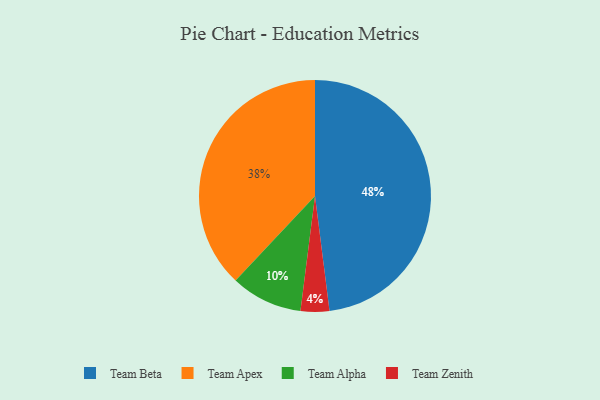
{"axis": {"x": "Category", "y": "Percentage"}, "legend": ["Team Alpha", "Team Apex", "Team Beta", "Team Zenith"], "data": [{"x": "Team Beta", "y": 48, "type": "Team Beta"}, {"x": "Team Zenith", "y": 4, "type": "Team Zenith"}, {"x": "Team Alpha", "y": 10, "type": "Team Alpha"}, {"x": "Team Apex", "y": 38, "type": "Team Apex"}]}